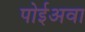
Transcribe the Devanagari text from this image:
पोईअवा